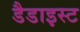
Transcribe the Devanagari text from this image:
डैडाइस्ट